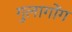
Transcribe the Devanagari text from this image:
गुलागोंग